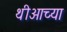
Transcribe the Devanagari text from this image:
थीआच्या